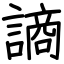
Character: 謪